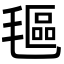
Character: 𬇅